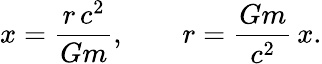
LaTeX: x=\frac{r\, c^{2}}{Gm},\qquad r=\frac{Gm}{c^{2}}\, x.